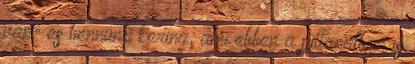
van- és bennünk kering, ami ebben a pillanatban is